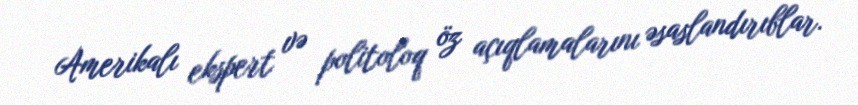
Amerikalı ekspert və politoloq öz açıqlamalarını əsaslandırıblar.